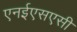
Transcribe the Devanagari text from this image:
एनईएसएसी